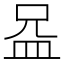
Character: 𪾍